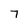
Character: 7